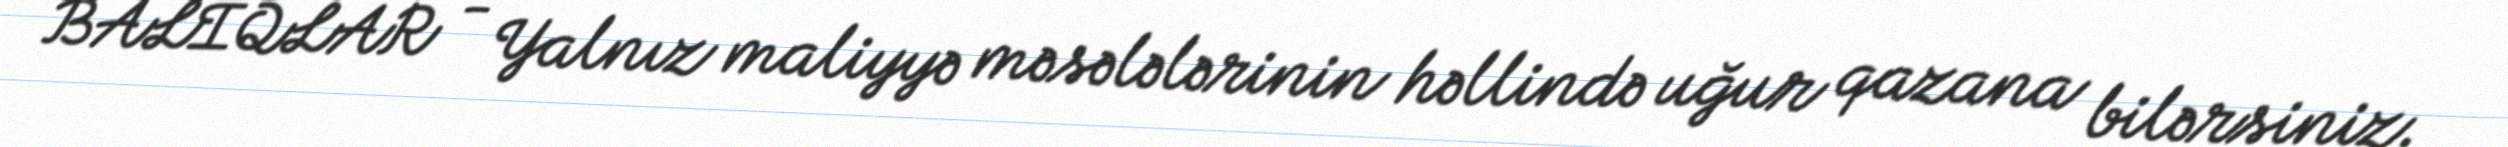
BALIQLAR - Yalnız maliyyə məsələlərinin həllində uğur qazana bilərsiniz.